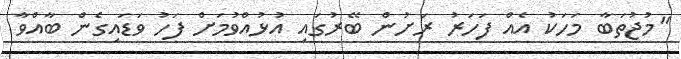
"މުޖުތަބާ މަހަކު އެއް ފަހަރު ރަށުން ބޭރުގައި އުޅުއްވުމަށް ފަހު ވަޑައިގެން ބާއްވާ